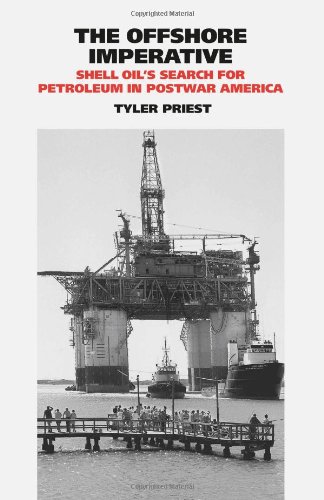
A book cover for The Offshore Imperative: Shell OilEEs Search for Petroleum in Postwar America (Kenneth E. Montague Series in Oil and Business History); Tyler Priest; Business & Money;